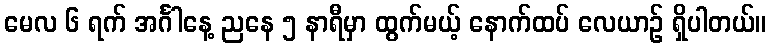
မေလ ၆ ရက် အင်္ဂါနေ့ ညနေ ၅ နာရီမှာ ထွက်မယ့် နောက်ထပ် လေယာဉ် ရှိပါတယ်။